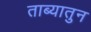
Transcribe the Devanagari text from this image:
ताब्यातुन